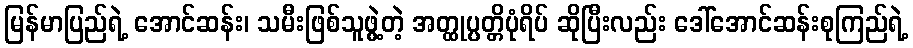
မြန်မာပြည်ရဲ့ အောင်ဆန်း၊ သမီးဖြစ်သူဖွဲ့တဲ့ အတ္ထုပ္ပတ္တိပုံရိပ် ဆိုပြီးလည်း ဒေါ်အောင်ဆန်းစုကြည်ရဲ့